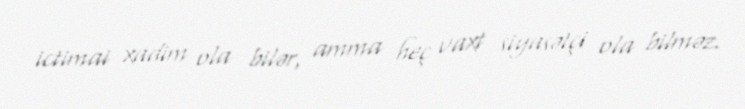
ictimai xadim ola bilər, amma heç vaxt siyasətçi ola bilməz.